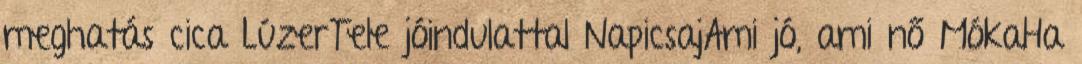
meghatás cica LúzerTele jóindulattal NapicsajAmi jó, ami nő MókaHa